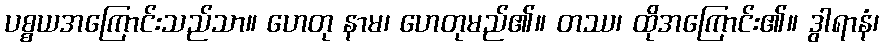
ပစ္စယအကြောင်းသည်သာ။ ဟေတု နာမ၊ ဟေတုမည်၏။ တဿ၊ ထိုအကြောင်း၏။ ဒွါရာနံ၊